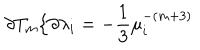
\partial T _ { m } / \partial \lambda _ { i } = - \frac { 1 } { 3 } \mu _ { i } ^ { - ( m + 3 ) }